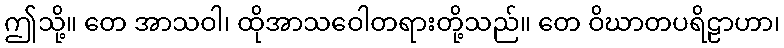
ဤသို့။ တေ အာသဝါ၊ ထိုအာသဝေါတရားတို့သည်။ တေ ဝိဃာတပရိဠာဟာ၊